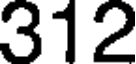
312